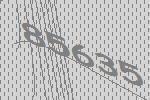
85635